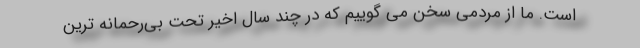
است. ما از مردمی سخن می گوییم که در چند سال اخیر تحت بی‌رحمانه ترین